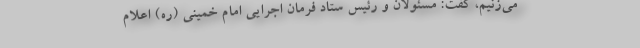
می‌زنیم، گفت: مسئولان و رئیس ستاد فرمان اجرایی امام خمینی (ره) اعلام